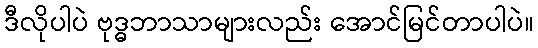
ဒီလိုပါပဲ ဗုဒ္ဓဘာသာများလည်း အောင်မြင်တာပါပဲ။